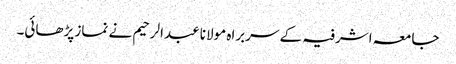
جامعہ اشرفیہ کے سربراہ مولانا عبدالرحیم نے نماز پڑھائی۔